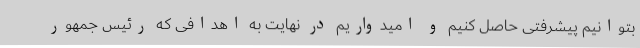
بتوانیم پیشرفتی حاصل کنیم و امیدواریم در نهایت به اهدافی که رئیس جمهور